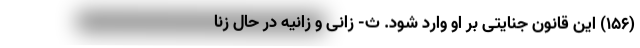
(۱۵۶) این قانون جنایتی بر او وارد شود. ث- زانی و زانیه در حال زنا